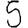
Digit: 5